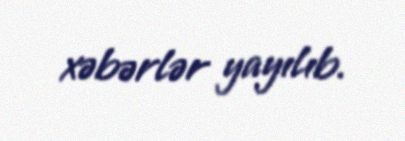
xəbərlər yayılıb.